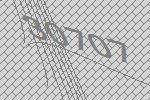
30707